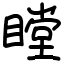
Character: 瞠